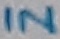
Text: IN